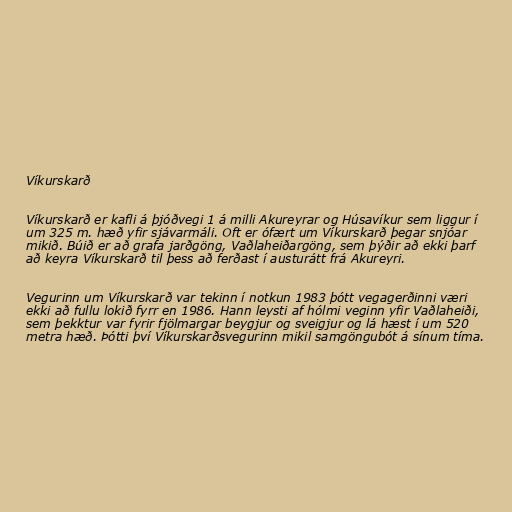
Víkurskarð

Víkurskarð er kafli á þjóðvegi 1 á milli Akureyrar og Húsavíkur sem liggur í
um 325 m. hæð yfir sjávarmáli. Oft er ófært um Víkurskarð þegar snjóar
mikið. Búið er að grafa jarðgöng, Vaðlaheiðargöng, sem þýðir að ekki þarf
að keyra Víkurskarð til þess að ferðast í austurátt frá Akureyri.

Vegurinn um Víkurskarð var tekinn í notkun 1983 þótt vegagerðinni væri
ekki að fullu lokið fyrr en 1986. Hann leysti af hólmi veginn yfir Vaðlaheiði,
sem þekktur var fyrir fjölmargar beygjur og sveigjur og lá hæst í um 520
metra hæð. Þótti því Víkurskarðsvegurinn mikil samgöngubót á sínum tíma.